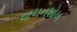
વાચનશોખ